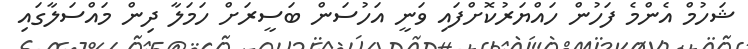
ޝަހުމް އެންމެ ފަހުން ހައްޔަރުކޮށްފައި ވަނީ އަހުސަން ބަސީރަށް ހަމަލާ ދިން މައްސަލާގައި